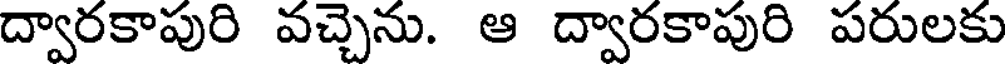
ద్వారకాపురి వచ్చెను. ఆ ద్వారకాపురి పరులకు